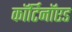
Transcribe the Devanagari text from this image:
कॉर्टिनॉएड